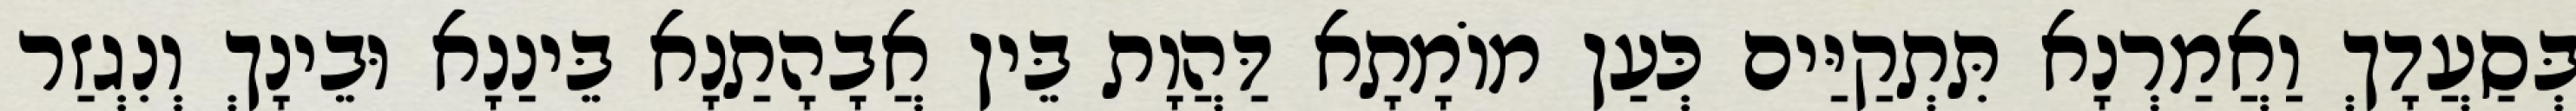
בְּסַעֲדָךְ וַאֲמַרְנָא תִּתְקַיַּים כְּעַן מוֹמָתָא דַּהֲוָת בֵּין אֲבָהָתַנָא בֵּינַנָא וּבֵינָךְ וְנִגְזַר